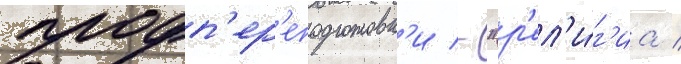
профп'ер'еподготовк'и - "р'ел'и́г'иа /